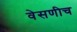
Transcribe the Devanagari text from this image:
वेसणीच